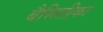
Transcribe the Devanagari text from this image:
बैसिलीका